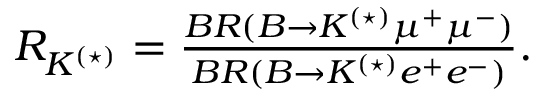
\begin{array} { r } { R _ { K ^ { ( \star ) } } = \frac { B R ( B \to K ^ { ( \star ) } \mu ^ { + } \mu ^ { - } ) } { B R ( B \to K ^ { ( \star ) } e ^ { + } e ^ { - } ) } . } \end{array}